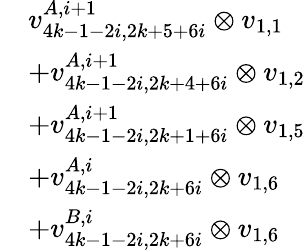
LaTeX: \begin{array}{rl}&{v_{4k-1-2i,2k+5+6i}^{A,i+1}\otimes v_{1,1}}\\ &{+v_{4k-1-2i,2k+4+6i}^{A,i+1}\otimes v_{1,2}}\\ &{+v_{4k-1-2i,2k+1+6i}^{A,i+1}\otimes v_{1,5}}\\ &{+v_{4k-1-2i,2k+6i}^{A,i}\otimes v_{1,6}}\\ &{+v_{4k-1-2i,2k+6i}^{B,i}\otimes v_{1,6}}\end{array}